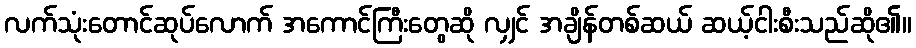
လက်သုံးတောင်ဆုပ်လောက် အကောင်ကြီးတွေဆို လျှင် အချိန်တစ်ဆယ် ဆယ့်ငါးစီးသည်ဆို၏။